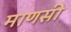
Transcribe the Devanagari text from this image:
माणसी